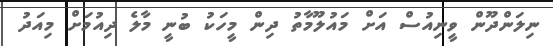
ނިލަންދޫން ވީނިއުސް އަށް މައުލޫމާތު ދިން މީހަކު ބުނީ މާލެ ދިއުމަށް މިއަދު